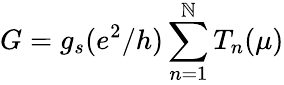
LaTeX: G=g_{s}(e^{2}/h)\sum_{n=1}^{\mathbb{N}}T_{n}(\mu)